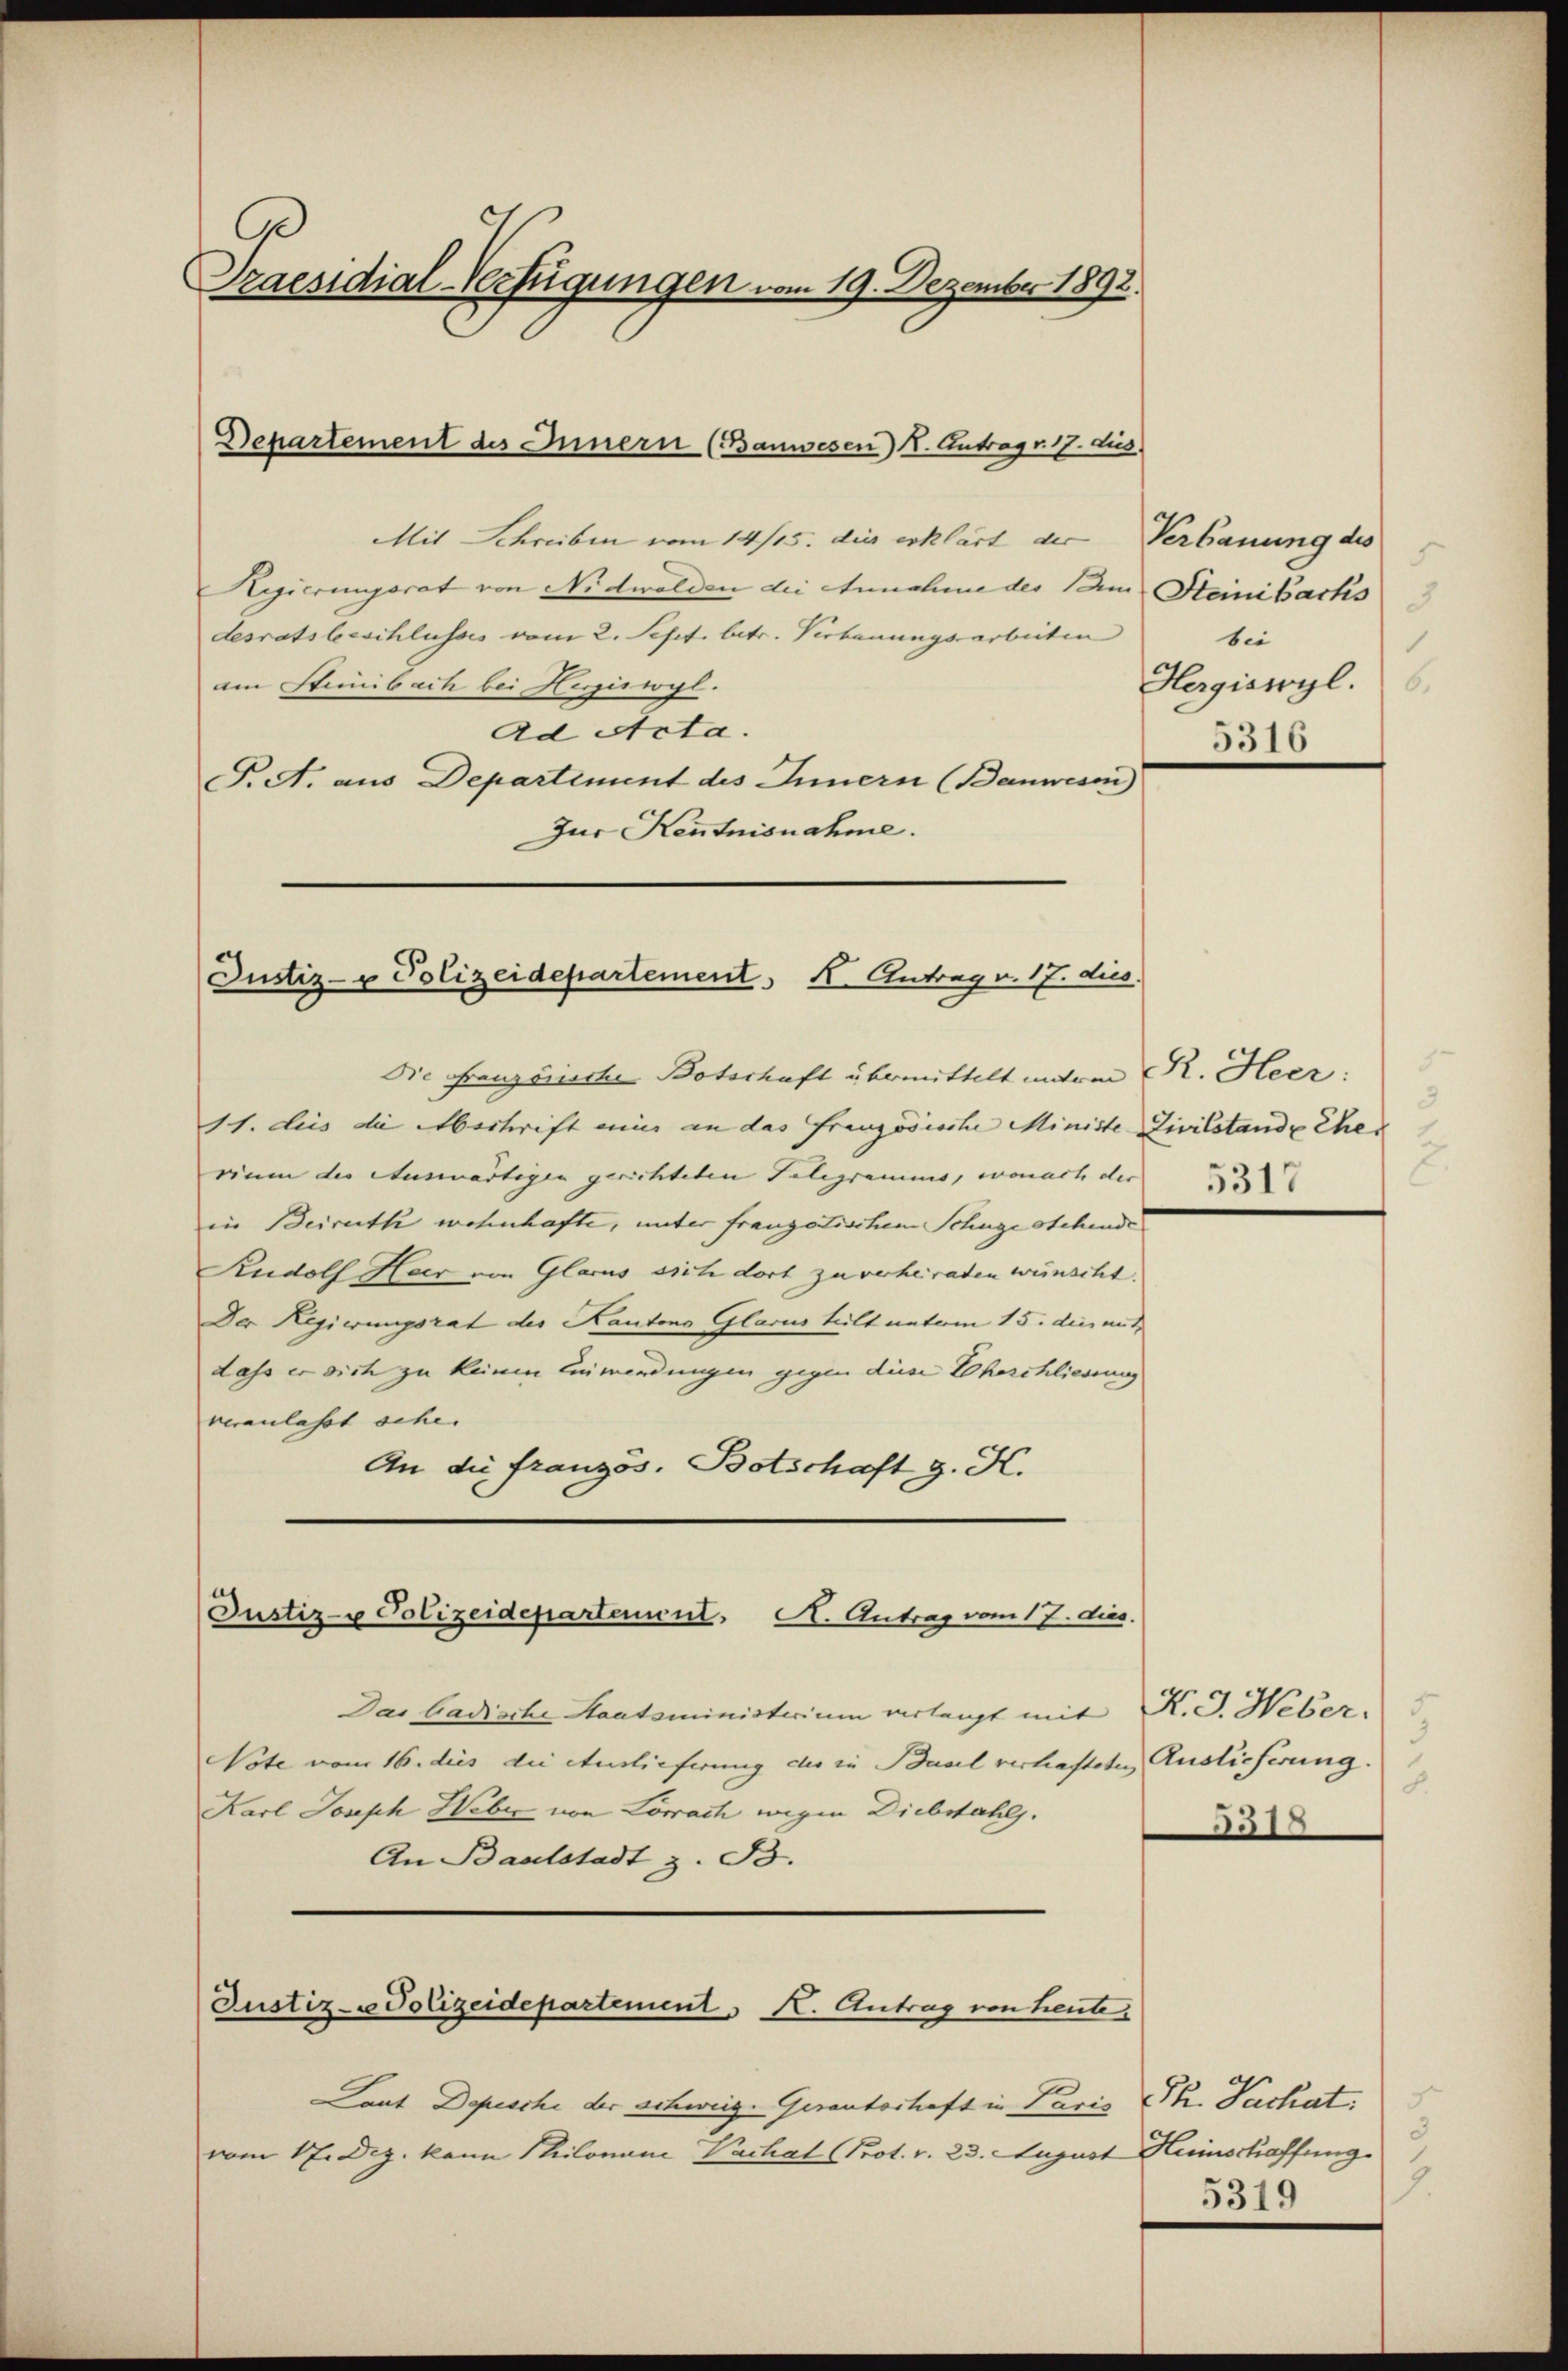
Szaesidial-Verfügungen
im 19. Dezember 1892.

Die Französische Botschaft übermittelt mitem K. Heer:
11. dies die Abschrift einer an das Französische Ministe Zivilstande Eher
rium der Auswärtigen gerichteten Telegramms, wonach der
in Beiruth wohnhafte, unter franzatischem Schüge stehende
Rudolf Heer von Glarus sich dort zu verheiraten wünscht.
Der Regierungsrat des Kantons Glarus teilt natum 15. die mit
dass er sich zu keinen Einwendungen gegen diese Eheschliessung
veranlasst sehe. |
An die französ. Botschaft g. K.

Departement des Innern (Bauwesen) K. Antrag v. 17. dies

Mit Schreiben vom 14/15. die erklärt der Verbauung des
Regierungsrat von Nidwalden die Annahme des Im Steinibachs
desratsbeschlusses vom 2. Sept. betr. Verbauungsarbeiten
am Stimbach bei Hessiswyl.
Ad Acta.
F. A. aus Departiment des Innern (Banwesen
Zur Kenntnisnahme.

Justiz- & Polizeidepartement K. Antrag v. 17. dies

Justiz- u Polizeidepartement. A. Antrag vom 17. dies.

Justiz-Polizeidepartement K. Antrag von heute.

Laut Depeschi der Schweige Geranterhaft in Paris
vom 17. Dez. kann Philovan Vachal (Prot. v. 23. August Heinschaffung.

5
3
bei
.
Hergiswyl.
5316

Das badische Staatsministerium verlagt mit K. G. Weber.
Note vom 16. dies die Auslieferung des in Basel verhafteten Auslieferung
Karl Joseph Weber von Lörrach wegen Diebstahls.
An Baselstadt z. B.

3
c
5317

8.
531.

Ph. Nachat.
3
1.
5319